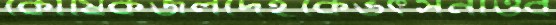
কৌষিকজলদেহকেভর্ৎসনাওব